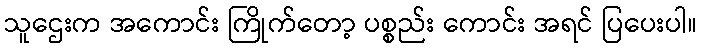
သူဌေးက အကောင်း ကြိုက်တော့ ပစ္စည်း ကောင်း အရင် ပြပေးပါ။